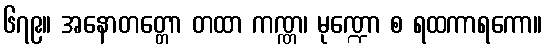
၆၇၉။ အနောတတ္တော တထာ ကဏ္ဏ၊ မုဏ္ဍော စ ရထကာရကော။